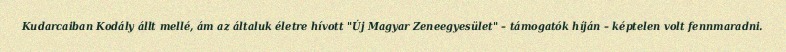
Kudarcaiban Kodály állt mellé, ám az általuk életre hívott "Új Magyar Zeneegyesület" – támogatók híján – képtelen volt fennmaradni.